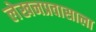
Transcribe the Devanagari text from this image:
लेखनप्रवासाला